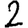
Digit: 2